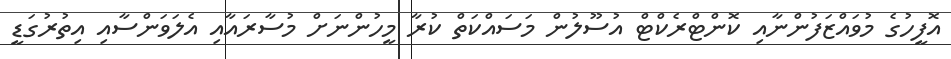
އޮފީހުގެ މުވައްޒަފުންނާއި ކޮންޓްރެކްޓް އުސޫލުން މަސައްކަތް ކުރާ މީހުންނަށް މުސާރައާއި އެލަވަންސާއި އިތުރުގަޑީ